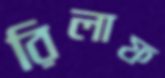
রিলাফ